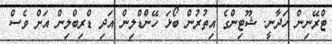
ޓްރޭނިން ހަދާނީ. ޝޫޓިންގެ އިތުރުން ބޯޅަ ހޭންޑްލިން އަދި ޑްރިބްލިން އަށް ވެސް